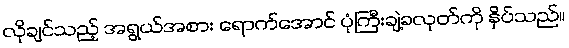
လိုချင်သည့် အရွယ်အစား ရောက်အောင် ပုံကြီးချဲ့ခလုတ်ကို နှိပ်သည်။